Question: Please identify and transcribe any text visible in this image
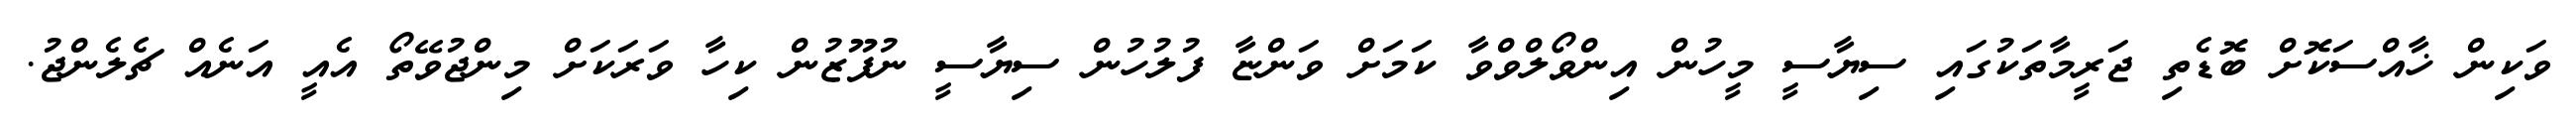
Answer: ވަކިން ޚާއްސަކޮށް ބޮޑެތި ޖަރީމާތަކުގައި ސިޔާސީ މީހުން އިންވޯލްވްވާ ކަމަށް ވަންޏާ ފުލުހުން ސިޔާސީ ނުފޫޒުން ކިހާ ވަރަކަށް މިންޖުވޭތޯ އެއީ އަނެއް ޗެލެންޖު.